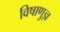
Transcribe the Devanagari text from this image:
विषाणुज्ञ